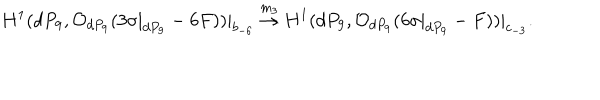
LaTeX: H ^ { 1 } ( d P _ { 9 } , { \cal O } _ { d P _ { 9 } } ( 3 \sigma | _ { d P _ { 9 } } - 6 F ) ) | _ { b _ { - 6 } } \stackrel { m _ { 3 } } { \rightarrow } H ^ { 1 } ( d P _ { 9 } , { \cal O } _ { d P _ { 9 } } ( 6 \sigma | _ { d P _ { 9 } } - F ) ) | _ { c _ { - 3 } } .